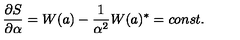
\frac { \partial S } { \partial \alpha } = W ( a ) - \frac { 1 } { \alpha ^ { 2 } } W ( a ) ^ { \ast } = c o n s t .